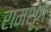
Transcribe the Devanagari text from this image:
रामशृंग